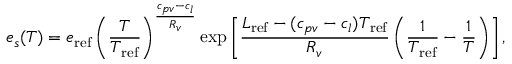
e _ { s } ( T ) = e _ { \mathrm { r e f } } \left( \frac { T } { T _ { \mathrm { r e f } } } \right) ^ { \frac { c _ { p v } - c _ { l } } { R _ { v } } } \exp \left[ \frac { L _ { \mathrm { r e f } } - ( c _ { p v } - c _ { l } ) T _ { \mathrm { r e f } } } { R _ { v } } \left( \frac { 1 } { T _ { \mathrm { r e f } } } - \frac { 1 } { T } \right) \right] ,